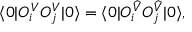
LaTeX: \langle 0 | O _ { i } ^ { V } O _ { j } ^ { V } | 0 \rangle = \langle 0 | O _ { i } ^ { \widehat { V } } O _ { j } ^ { \widehat { V } } | 0 \rangle ,